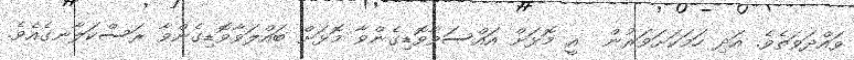
ވައްދަވަތެވެ. އަދި ހަމަކަށަވަރުން  އީ މޮޅަށް އައްސަވާވޮޑިގެންވާ މޮޅަށް ބައްލަވާވޮޑިގެންވާ ރަސްކަލާނގެއެވެ.